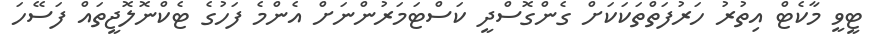
ޓީވީ މާކެޓް އިތުރު ހަރުފަތްތަކަކަށް ގެންގޮސްދީ ކަސްޓަމަރުންނަށް އެންމެ ފަހުގެ ޓެކްނޮލޮޖީތައް ފަސޭހަ